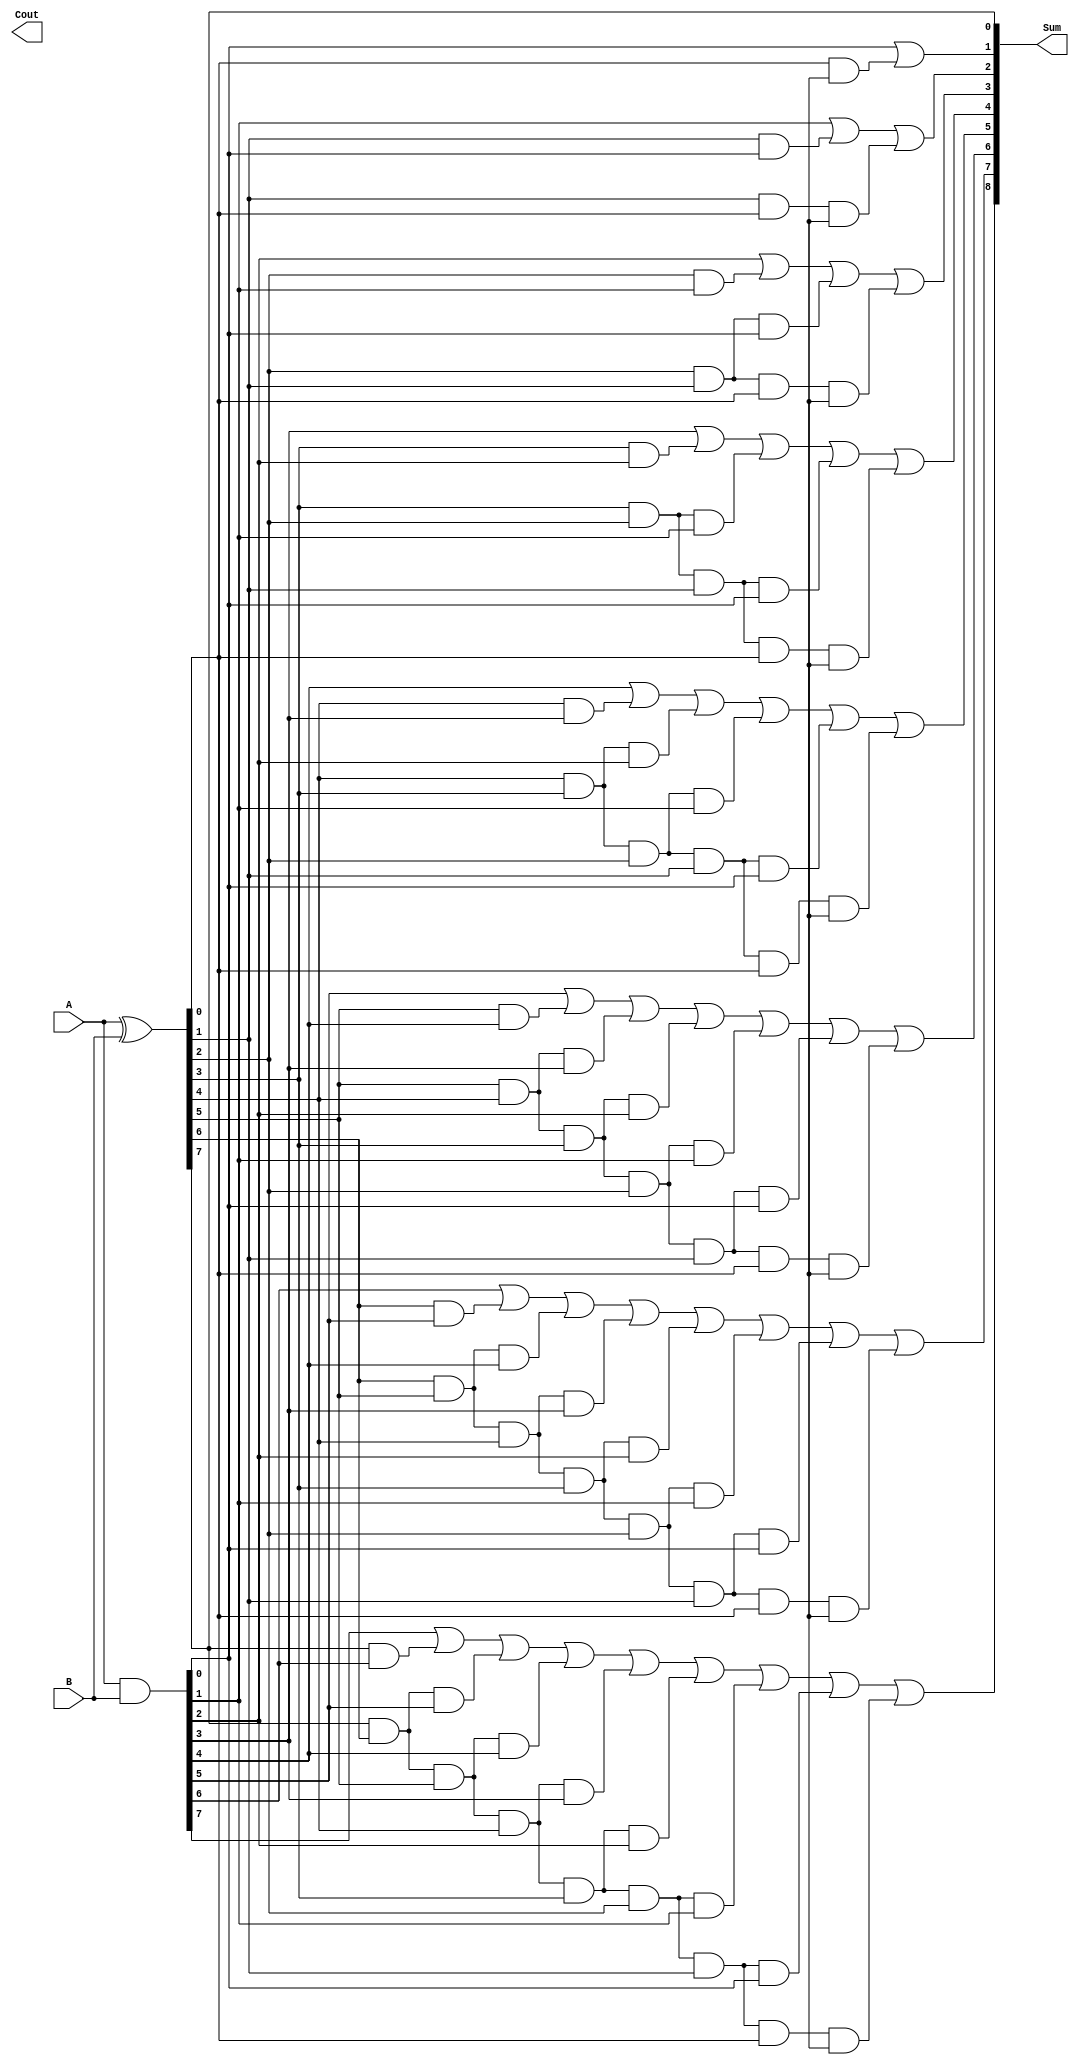
module CarryLookaheadAdder (
    input [7:0] A,
    input [7:0] B,
    output [8:0] Sum,
    output Cout
);

wire [7:0] P;
wire [7:0] G;
wire [8:0] C;

assign P = A ^ B;
assign G = A & B;

assign C[0] = G[0] | (P[0] & Cin);
assign C[1] = G[1] | (P[1] & G[0]) | (P[1] & P[0] & Cin);
assign C[2] = G[2] | (P[2] & G[1]) | (P[2] & P[1] & G[0]) | (P[2] & P[1] & P[0] & Cin);
assign C[3] = G[3] | (P[3] & G[2]) | (P[3] & P[2] & G[1]) | (P[3] & P[2] & P[1] & G[0]) | (P[3] & P[2] & P[1] & P[0] & Cin);
assign C[4] = G[4] | (P[4] & G[3]) | (P[4] & P[3] & G[2]) | (P[4] & P[3] & P[2] & G[1]) | (P[4] & P[3] & P[2] & P[1] & G[0]) | (P[4] & P[3] & P[2] & P[1] & P[0] & Cin);
assign C[5] = G[5] | (P[5] & G[4]) | (P[5] & P[4] & G[3]) | (P[5] & P[4] & P[3] & G[2]) | (P[5] & P[4] & P[3] & P[2] & G[1]) | (P[5] & P[4] & P[3] & P[2] & P[1] & G[0]) | (P[5] & P[4] & P[3] & P[2] & P[1] & P[0] & Cin);
assign C[6] = G[6] | (P[6] & G[5]) | (P[6] & P[5] & G[4]) | (P[6] & P[5] & P[4] & G[3]) | (P[6] & P[5] & P[4] & P[3] & G[2]) | (P[6] & P[5] & P[4] & P[3] & P[2] & G[1]) | (P[6] & P[5] & P[4] & P[3] & P[2] & P[1] & G[0]) | (P[6] & P[5] & P[4] & P[3] & P[2] & P[1] & P[0] & Cin);
assign C[7] = G[7] | (P[7] & G[6]) | (P[7] & P[6] & G[5]) | (P[7] & P[6] & P[5] & G[4]) | (P[7] & P[6] & P[5] & P[4] & G[3]) | (P[7] & P[6] & P[5] & P[4] & P[3] & G[2]) | (P[7] & P[6] & P[5] & P[4] & P[3] & P[2] & G[1]) | (P[7] & P[6] & P[5] & P[4] & P[3] & P[2] & P[1] & G[0]) | (P[7] & P[6] & P[5] & P[4] & P[3] & P[2] & P[1] & P[0] & Cin);

assign Cout = C[8];
assign Sum = {C[7:0], P[7]};

endmodule